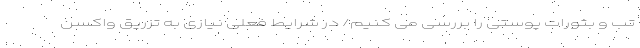
تب و بثورات پوستی را بررسی می کنیم/ در شرایط فعلی نیازی به تزریق واکسن